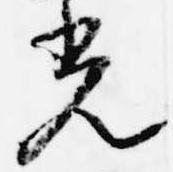
光